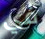
في